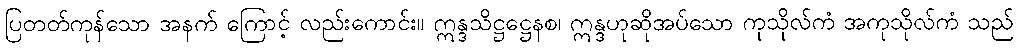
ပြတတ်ကုန်သော အနက် ကြောင့် လည်းကောင်း။ ဣန္ဒသိဋ္ဌဋ္ဌေနစ၊ ဣန္ဒဟုဆိုအပ်သော ကုသိုလ်ကံ အကုသိုလ်ကံ သည်